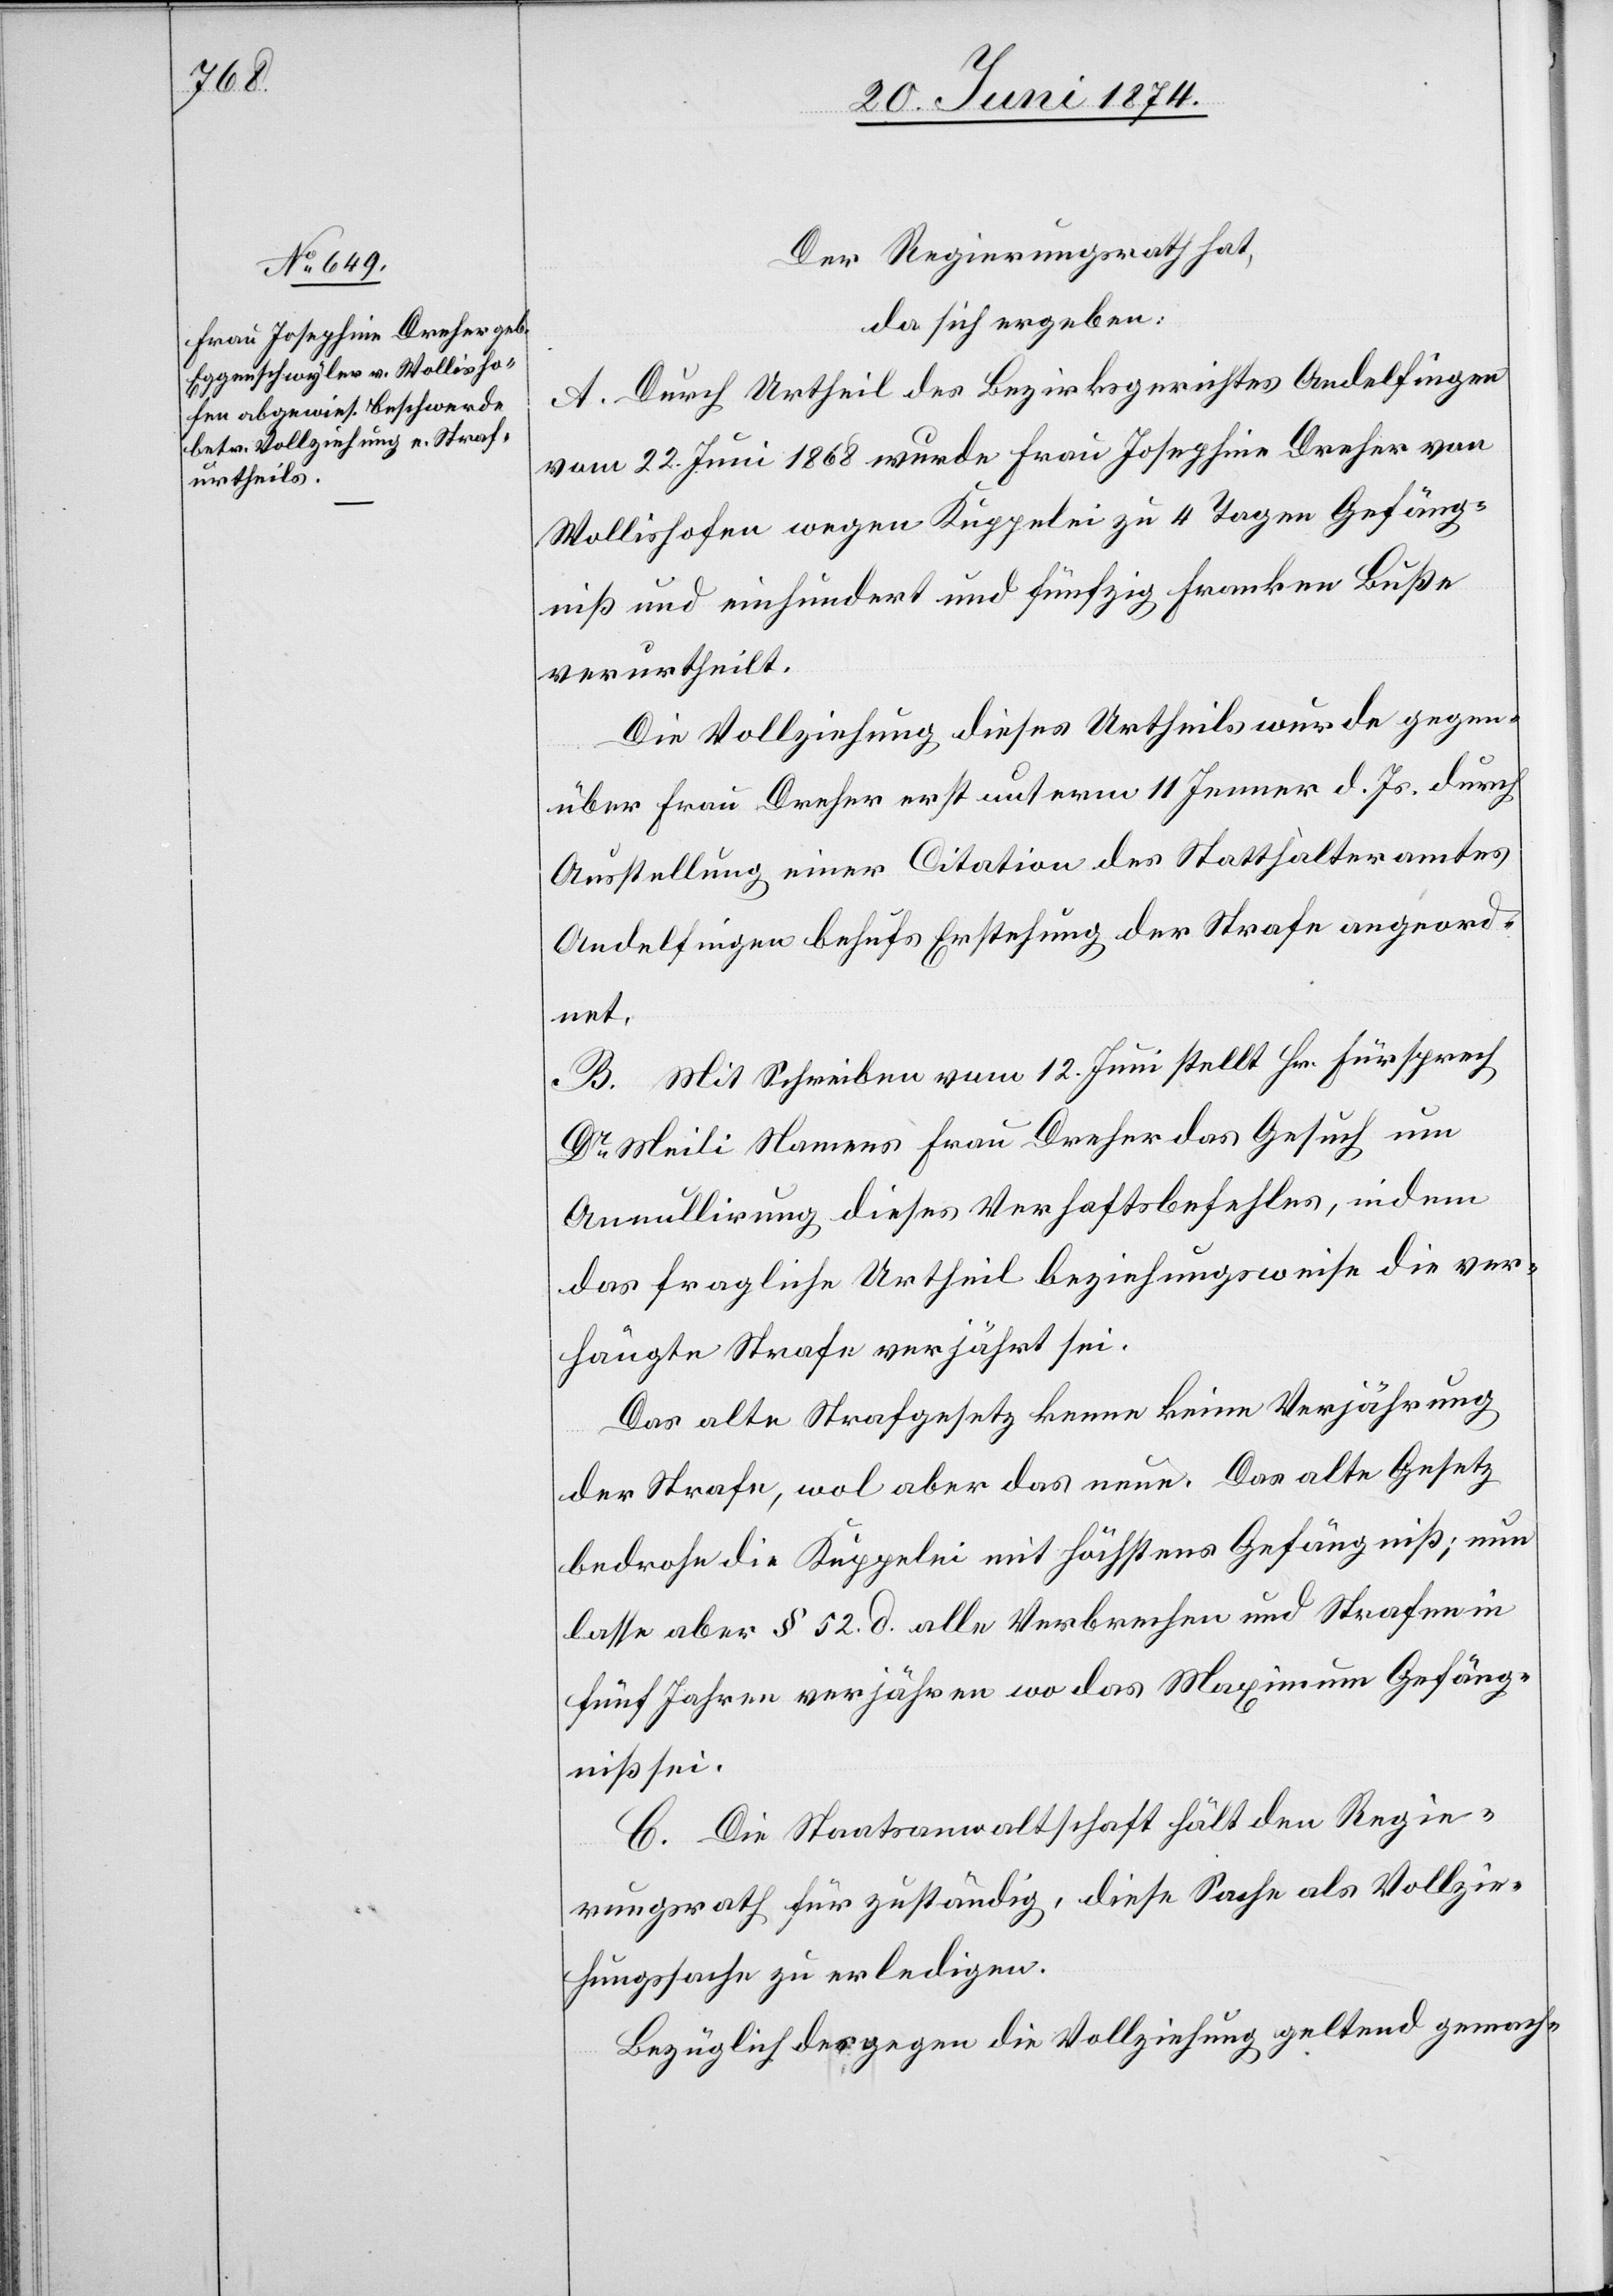
Der Regierungsrath hat,
da sich ergeben:
A. Durch Urtheil des Bezirksgerichtes Andelfingen
vom 22. Juni 1868 wurde Frau Josephine Dreher von
Wollishofen wegen Kuppelei zu 4 Tagen Gefäng¬
niß und einhundert und fünfzig Franken Buße
verurtheilt.
Die Vollziehung dieses Urtheils wurde gegen¬
über Frau Dreher erst unterm 11. Jenner d. Js. durch
Ausstellung einer Citation des Statthalteramtes
Andelfingen behufs Erstehung der Strafe angeord¬
net.
B. Mit Schreiben vom 12. Juni stellt Hr. Fürsprech
Dr Meili Namens Frau Dreher das Gesuch um
Annullirung dieses Verhaftsbefehles, indem
das fragliche Urtheil beziehungsweise die ver¬
hängte Strafe verjährt sei.
Das alte Strafgesetz kenne keine Verjährung
der Strafe, wol aber das neue. Das alte Gesetz
bedrohe die Kuppelei mit höchstens Gefängniß; nun
lasse aber § 52. d. alle Verbrechen und Strafen in
fünf Jahren verjähren wo das Maximum Gefäng¬
niß sei.
C. Die Staatsanwaltschaft hält den Regie¬
rungsrath für zuständig, diese Sache als Vollzie¬
hungssache zu erledigen.
Bezüglich des gegen die Vollziehung geltend gemach-